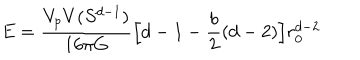
E = \frac { V _ { p } V ( S ^ { d - 1 } ) } { 1 6 \pi G } \Big [ d - 1 - \frac { b } { 2 } ( d - 2 ) \Big ] r _ { 0 } ^ { d - 2 }